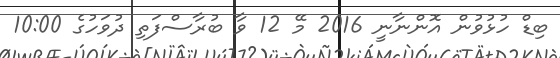
ބިޑް ހުޅުވުން އޮންނާނީ 2016 މޭ 12 ވާ ބުރާސްފަތި ދުވަހުގެ 10:00